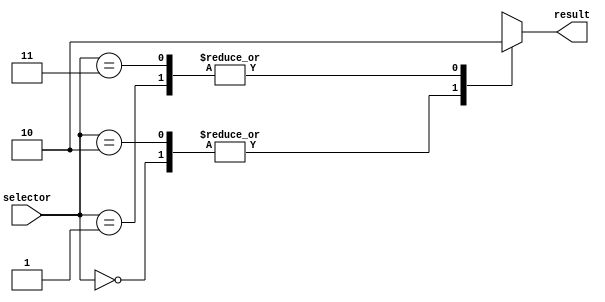
module parallel_case_statement (
    input wire [1:0] selector,
    output reg result
);

always @* begin
    case (selector)
        2'b00: result = 1; // If selector is 00, result is 1
        2'b01: result = 0; // If selector is 01, result is 0
        2'b10: result = 1; // If selector is 10, result is 1
        2'b11: result = 0; // If selector is 11, result is 0
        default: result = 0;
    endcase
end

endmodule